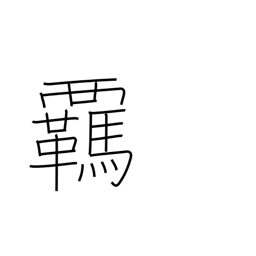
Meaning: reins